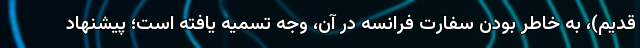
قدیم)، به خاطر بودن سفارت فرانسه در آن، وجه تسمیه یافته است؛ پیشنهاد